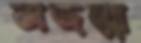
অজন্মা